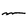
Character: m